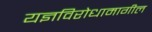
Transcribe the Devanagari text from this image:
यज्ञविरोधामागील